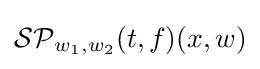
{\mathcal {SP}}_{w_{1},w_{2}}(t,f)(x,w)